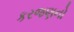
કરજણનો